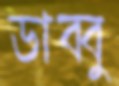
ডাব্বু